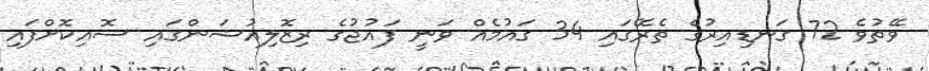
ވޭތުވެ 72 ގަނޑިއިރުގެ ތެރޭގައި 34 ގައުމެއް ވަނީ ފައުޖުގެ ރިޒޮލިއުޝަންގައި ސޮއިކޮށްފައި